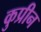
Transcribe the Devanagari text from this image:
कुप्रीन